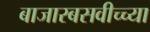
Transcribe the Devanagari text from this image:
बाजारबसवीच्च्या